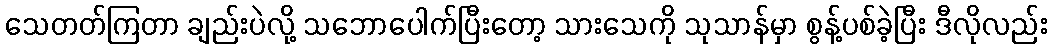
သေတတ်ကြတာ ချည်းပဲလို့ သဘောပေါက်ပြီးတော့ သားသေကို သုသာန်မှာ စွန့်ပစ်ခဲ့ပြီး ဒီလိုလည်း